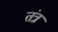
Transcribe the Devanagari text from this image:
तंत्रं